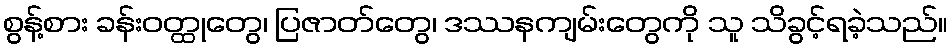
စွန့်စား ခန်းဝတ္ထုတွေ၊ ပြဇာတ်တွေ၊ ဒဿနကျမ်းတွေကို သူ သိခွင့်ရခဲ့သည်။